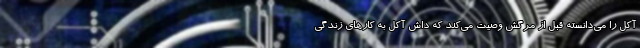
آکل را مي‌دانسته قبل از مرگش وصيت مي‌کند که داش آکل به کارهاي زندگي